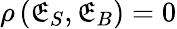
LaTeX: \rho\, (\mathfrak{E}_{S},\mathfrak{E}_{B})=0